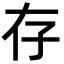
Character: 存